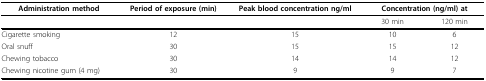
| Administration method | Period of exposure (min) | Peak blood concentration ng/ml | <COLSPAN=2> Concentration (ng/ml) at |
 | --- | --- | --- | --- | --- |
 |  |  |  | 30 min | 120 min |
 | Cigarette smoking | 12 | 15 | 10 | 6 |
 | Oral snuff | 30 | 15 | 15 | 12 |
 | Chewing tobacco | 30 | 14 | 14 | 12 |
 | Chewing nicotine gum (4 mg) | 30 | 9 | 9 | 7 |